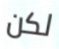
لكن